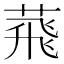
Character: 𦴧